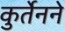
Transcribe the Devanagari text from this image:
कुर्तेनने